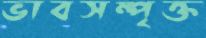
ভাবসম্পৃক্ত